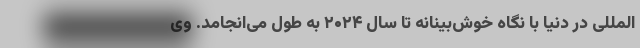
المللی در دنیا با نگاه خوش‌بینانه تا سال ۲۰۲۴ به طول می‌انجامد. وی